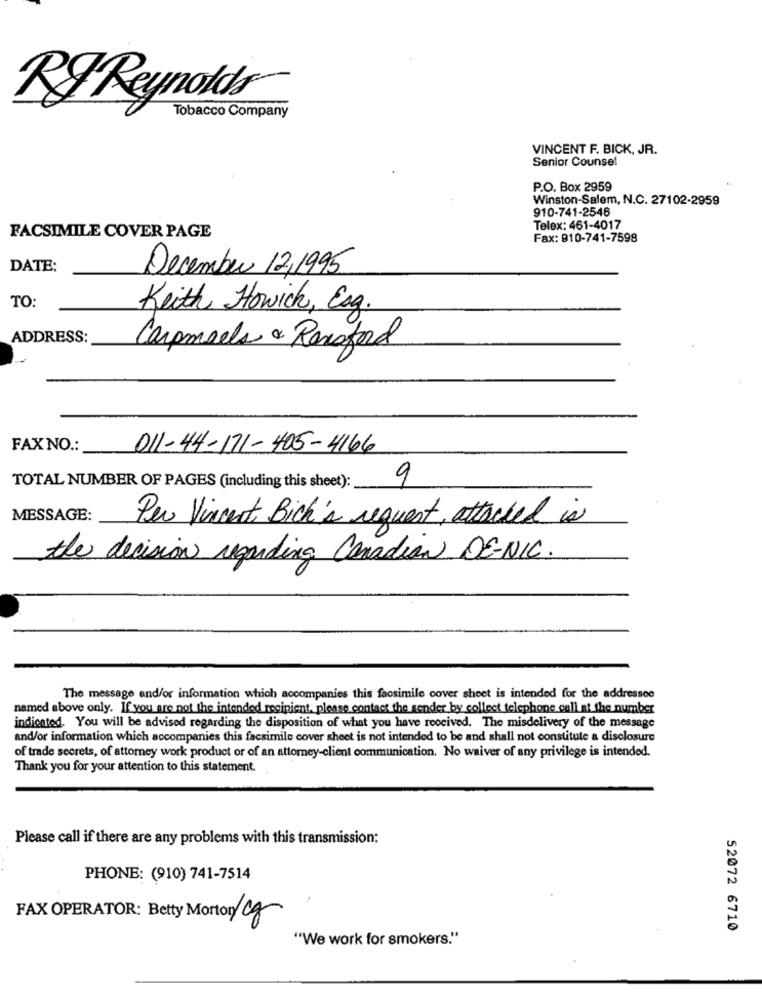
RF Reynolds
Tobacco Company
VINCENT F. BICK, JR.
Senior Counsel
P.O. Box 2959
Winston-Salem, N.C. 27102-2959
910-741-2546
Telex: 461-4017
FACSIMILE COVER PAGE
Fax: 910-741-7598
DATE:
December 12/1995
TO:
Keith Howich, Esg.
ADDRESS:
Carpmaels & Rensford
FAXNO .:
011-44-171-405-4166
9
TOTAL NUMBER OF PAGES (including this sheet):
MESSAGE:
Per Vincent Bich's request, attached is
the decision regarding Canadian DE-NIC.
The message and/or information which accompanies this facsimile cover sheet is intended for the addressee
named above only. If you are not the intended recipient, please contact the sender by collect telephone call at the number
indicated. You will be advised regarding the disposition of what you have received. The misdelivery of the message
and/or information which accompanies this facsimile cover sheet is not intended to be and shall not constitute a disclosure
of trade secrets, of attorney work product or of an attorney-client communication. No waiver of any privilege is intended.
Thank you for your attention to this statement.
Please call if there are any problems with this transmission:
PHONE: (910) 741-7514
FAX OPERATOR: Betty Morton cg
52072 6710
"We work for smokers."